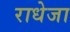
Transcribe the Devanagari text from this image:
राधेजा